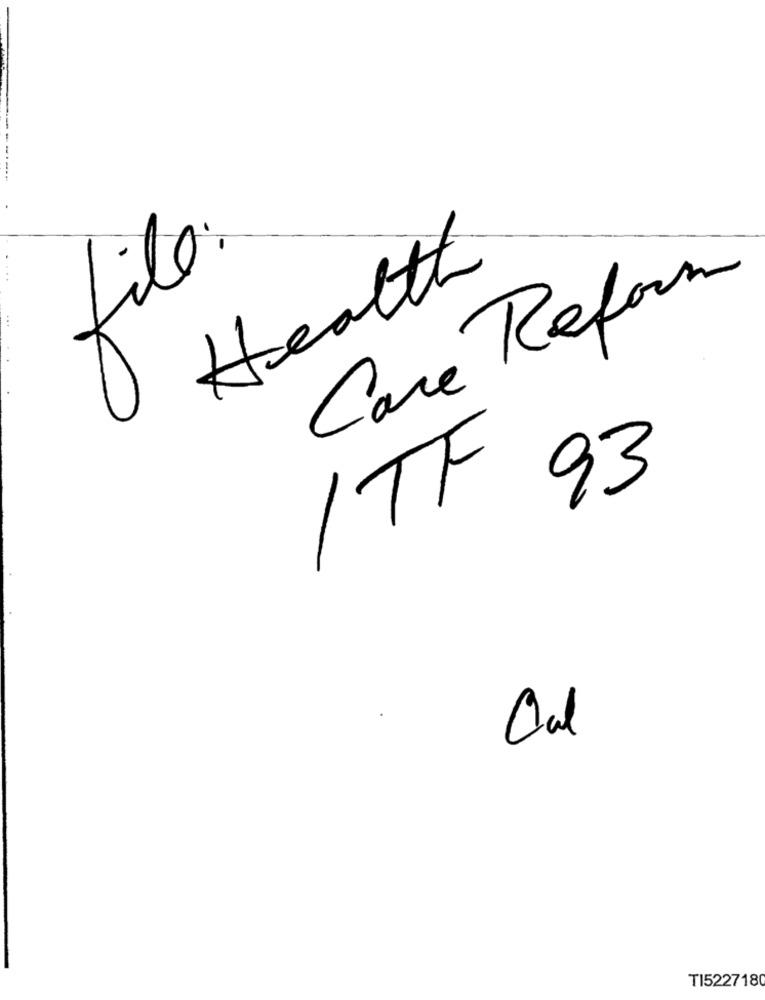
------
file.
Health
Care Reform
ITT 93
Cal
TI522718